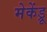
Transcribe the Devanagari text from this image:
मेकेंड्रू